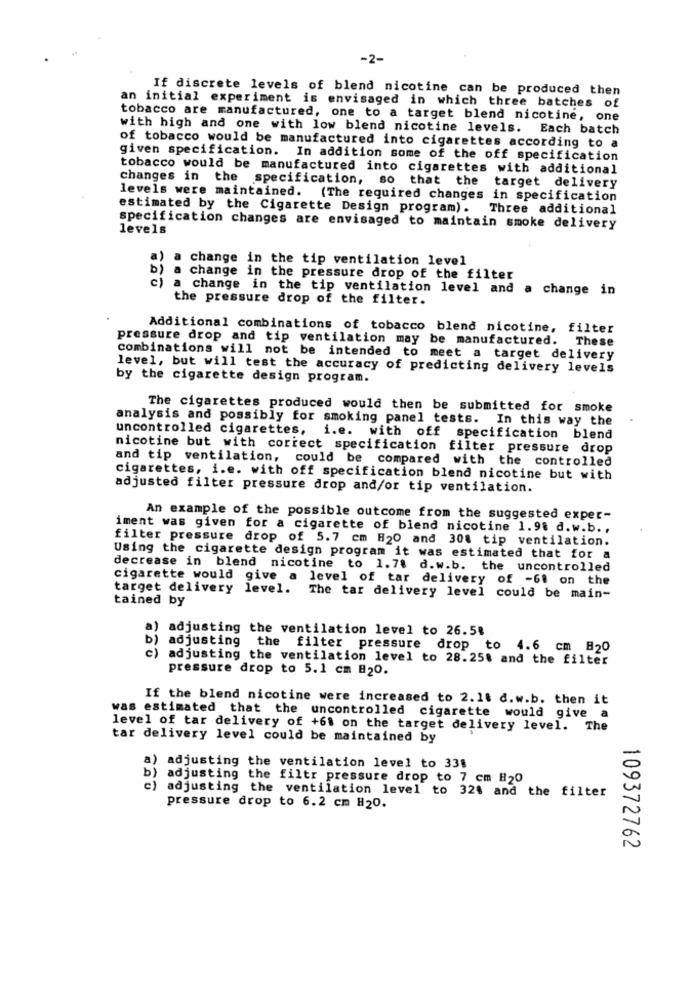
-2-
If discrete levels of blend nicotine can be produced then
an initial experiment is envisaged in which three batches of
tobacco are manufactured, one to a target blend nicotine, one
with high and one with low blend nicotine levels. Each batch
of tobacco would be manufactured into cigarettes according to a
given specification. In addition some of the off specification
tobacco would be manufactured into cigarettes with additional
changes in the specification, so that the target delivery
levels were maintained. (The required changes in specification
estimated by the Cigarette Design program). Three additional
specification changes are envisaged to maintain smoke delivery
levels
change in the tip ventilation level
b)
c)
change in the pressure drop of the filter
change in the tip ventilation level and a change in
the pressure drop of the filter.
Additional combinations of tobacco blend nicotine, filter
pressure drop and tip ventilation may be manufactured. These
combinations will not be intended to meet a target delivery
level, but will test the accuracy of predicting delivery levels
by the cigarette design program.
The cigarettes produced would then be submitted for smoke
analysis and possibly for smoking panel tests. In this way the
uncontrolled cigarettes, i.e. with off specification blend
nicotine but with correct specification filter pressure drop
and tip ventilation, could be compared with the controlled
cigarettes, i.e. with off specification blend nicotine but with
adjusted filter pressure drop and/or tip ventilation.
An example of the possible outcome from the suggested exper-
iment was given for a cigarette of blend nicotine 1.98 d.w.b .,
filter pressure drop of 5.7 cm H20 and 308 tip ventilation.
Using the cigarette design program it was estimated that for a
decrease in blend nicotine to 1.78 d.w.b. the uncontrolled
cigarette would give a level of tar delivery of -61 on the
target delivery level. The tar delivery level could be main-
tained by
a)
adjusting the ventilation level to 26.58
b) adjusting the filter pressure drop to 4.6 cm B20
c)
adjusting the ventilation level to 28.25% and the filter
pressure drop to 5.1 cm #20.
If the blend nicotine were increased to 2.1$ d.w.b. then it
was estimated that the uncontrolled cigarette would give a
level of tar delivery of +61 on the target delivery level. The
tar delivery level could be maintained by
) adjusting the ventilation level to 33%
b)
adjusting the filtr pressure drop to 7 cm #20
c) adjusting the ventilation level to 321 and the filter
pressure drop to 6.2 cm H20.
109372762